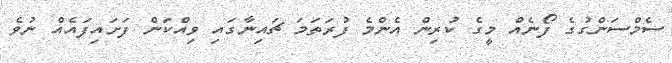
ސެމްސަންގުގެ ފޯނެއް މީގެ ކުރިން އެންމެ ފުރަތަމަ ޗައިނާގައި ވިއްކަން ފަށައިފައެއް ނުވެ